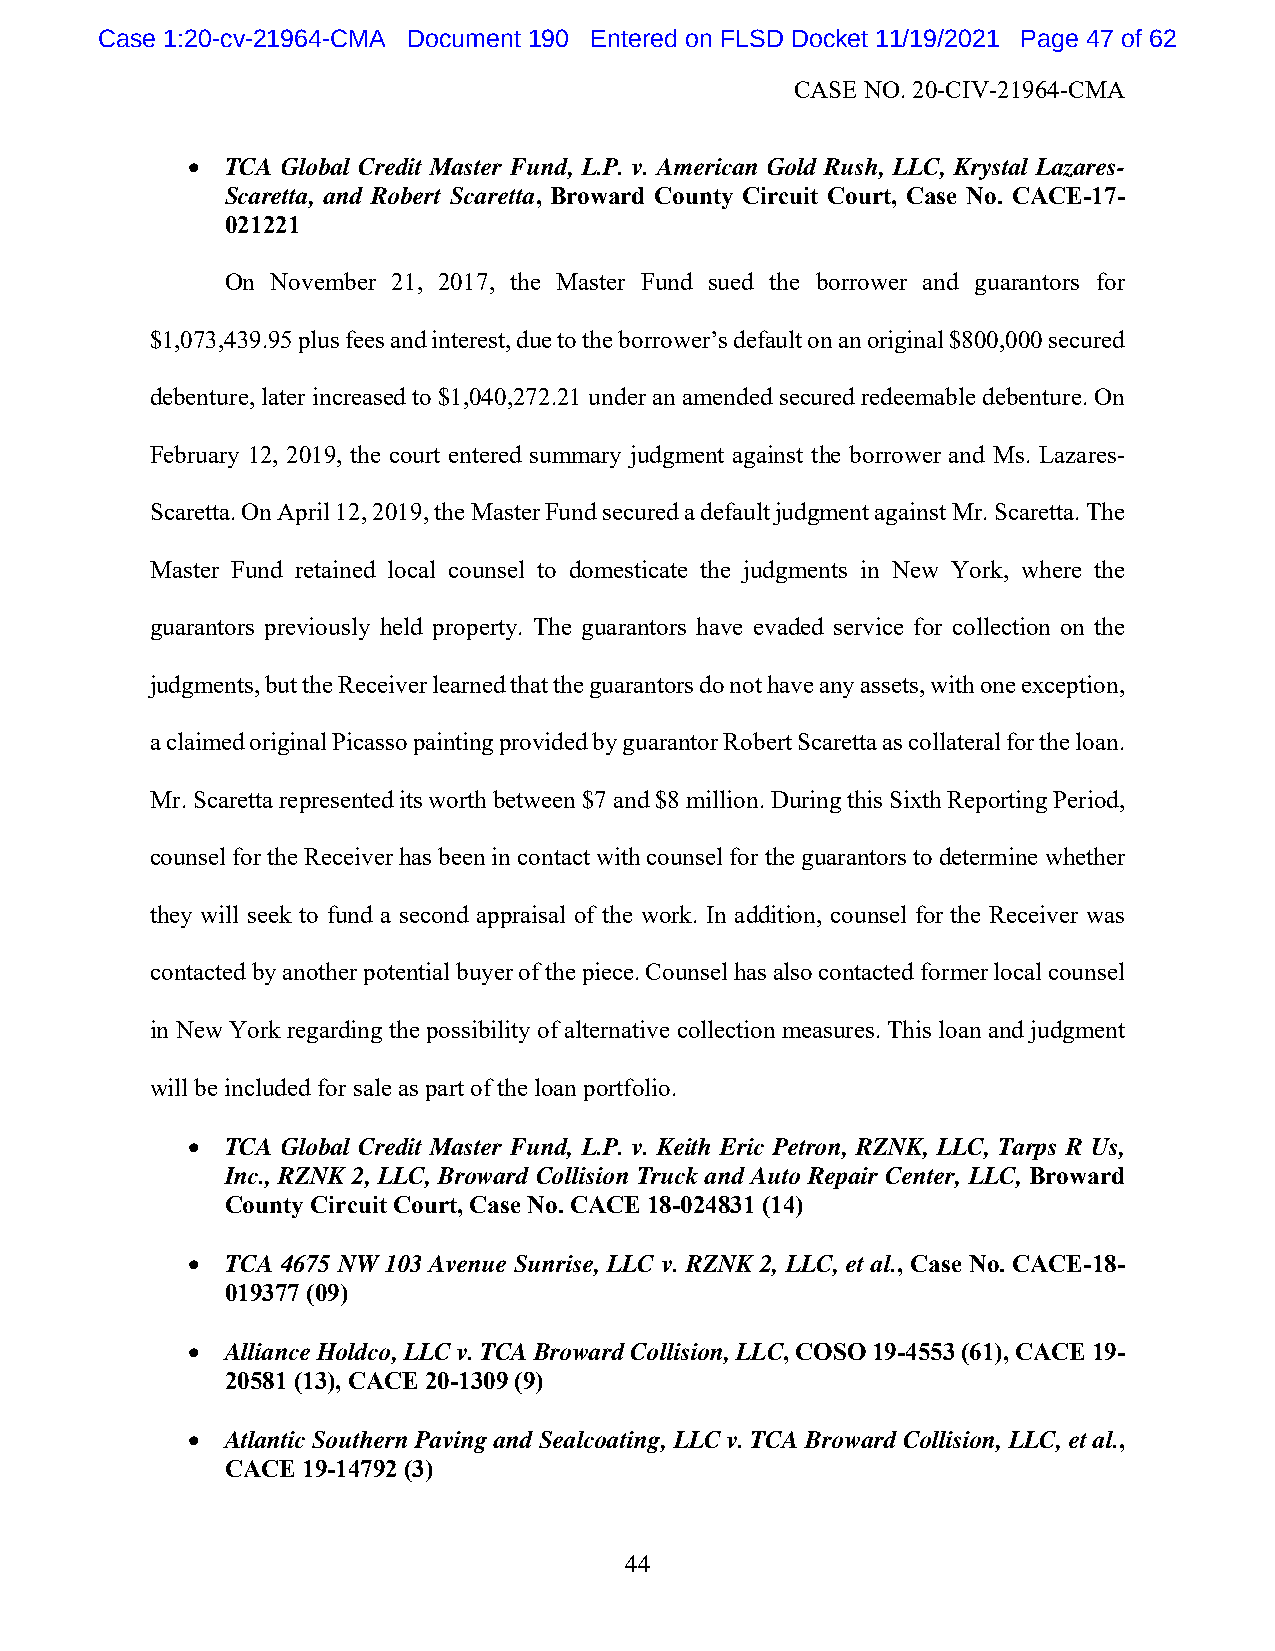
Case 1:20-cv-21964-CMA Document 190 Entered on FLSD Docket 11/19/2021 Page 47 of 62
 CASE NO. 20-CIV-21964-CMA
   TCA Global Credit Master Fund, L.P. v. American Gold Rush, LLC, Krystal Lazares-
 Scaretta, and Robert Scaretta, Broward County Circuit Court, Case No. CACE-17-
 021221
 On November 21, 2017, the Master Fund sued the borrower and guarantors for
 $1,073,439.95 plus fees and interest, due to the borrower’s default on an original $800,000 secured
 debenture, later increased to $1,040,272.21 under an amended secured redeemable debenture. On
 February 12, 2019, the court entered summary judgment against the borrower and Ms. Lazares-
 Scaretta. On April 12, 2019, the Master Fund secured a default judgment against Mr. Scaretta. The
 Master Fund retained local counsel to domesticate the judgments in New York, where the
 guarantors previously held property. The guarantors have evaded service for collection on the
 judgments, but the Receiver learned that the guarantors do not have any assets, with one exception,
 a claimed original Picasso painting provided by guarantor Robert Scaretta as collateral for the loan.
 Mr. Scaretta represented its worth between $7 and $8 million. During this Sixth Reporting Period,
 counsel for the Receiver has been in contact with counsel for the guarantors to determine whether
 they will seek to fund a second appraisal of the work. In addition, counsel for the Receiver was
 contacted by another potential buyer of the piece. Counsel has also contacted former local counsel
 in New York regarding the possibility of alternative collection measures. This loan and judgment
 will be included for sale as part of the loan portfolio.
   TCA Global Credit Master Fund, L.P. v. Keith Eric Petron, RZNK, LLC, Tarps R Us,
 Inc., RZNK 2, LLC, Broward Collision Truck and Auto Repair Center, LLC, Broward
 County Circuit Court, Case No. CACE 18-024831 (14)
   TCA 4675 NW 103 Avenue Sunrise, LLC v. RZNK 2, LLC, et al., Case No. CACE-18-
 019377 (09)
   Alliance Holdco, LLC v. TCA Broward Collision, LLC, COSO 19-4553 (61), CACE 19-
 20581 (13), CACE 20-1309 (9)
   Atlantic Southern Paving and Sealcoating, LLC v. TCA Broward Collision, LLC, et al.,
 CACE 19-14792 (3)
 44